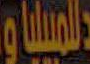
البيليا